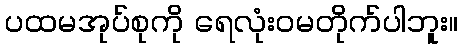
ပထမအုပ်စုကို ရေလုံးဝမတိုက်ပါဘူး။